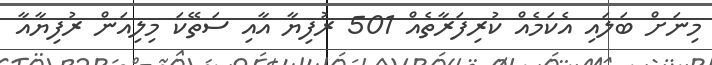
މިނަށް ބަލައި އެކަމެއް ކުރިފަރާތެއް 501 ރުފިޔާ އާއި ސަތޭކަ މިލިއަން ރުފިޔާއާ